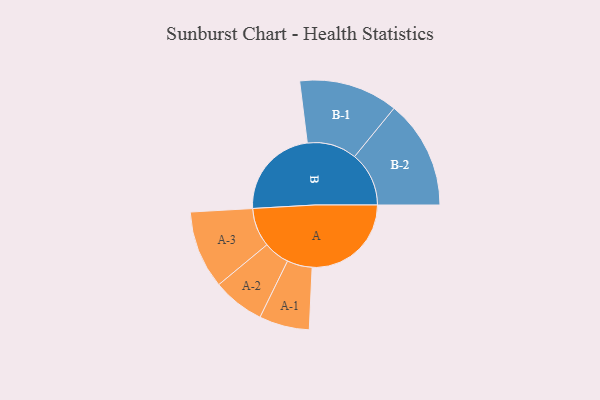
{"axis": {"x": "Segment", "y": "Value"}, "legend": ["", "A", "B"], "data": [{"x": "A", "y": 458, "type": ""}, {"x": "B", "y": 426, "type": ""}, {"x": "A-1", "y": 116, "type": "A"}, {"x": "A-2", "y": 120, "type": "A"}, {"x": "A-3", "y": 180, "type": "A"}, {"x": "B-1", "y": 229, "type": "B"}, {"x": "B-2", "y": 251, "type": "B"}]}